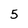
Character: 5